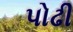
પોઢી